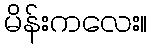
မိန်းကလေး။